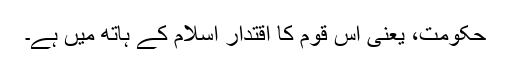
حکومت، یعنی اس قوم کا اقتدار اسلام کے ہاتھ میں ہے۔